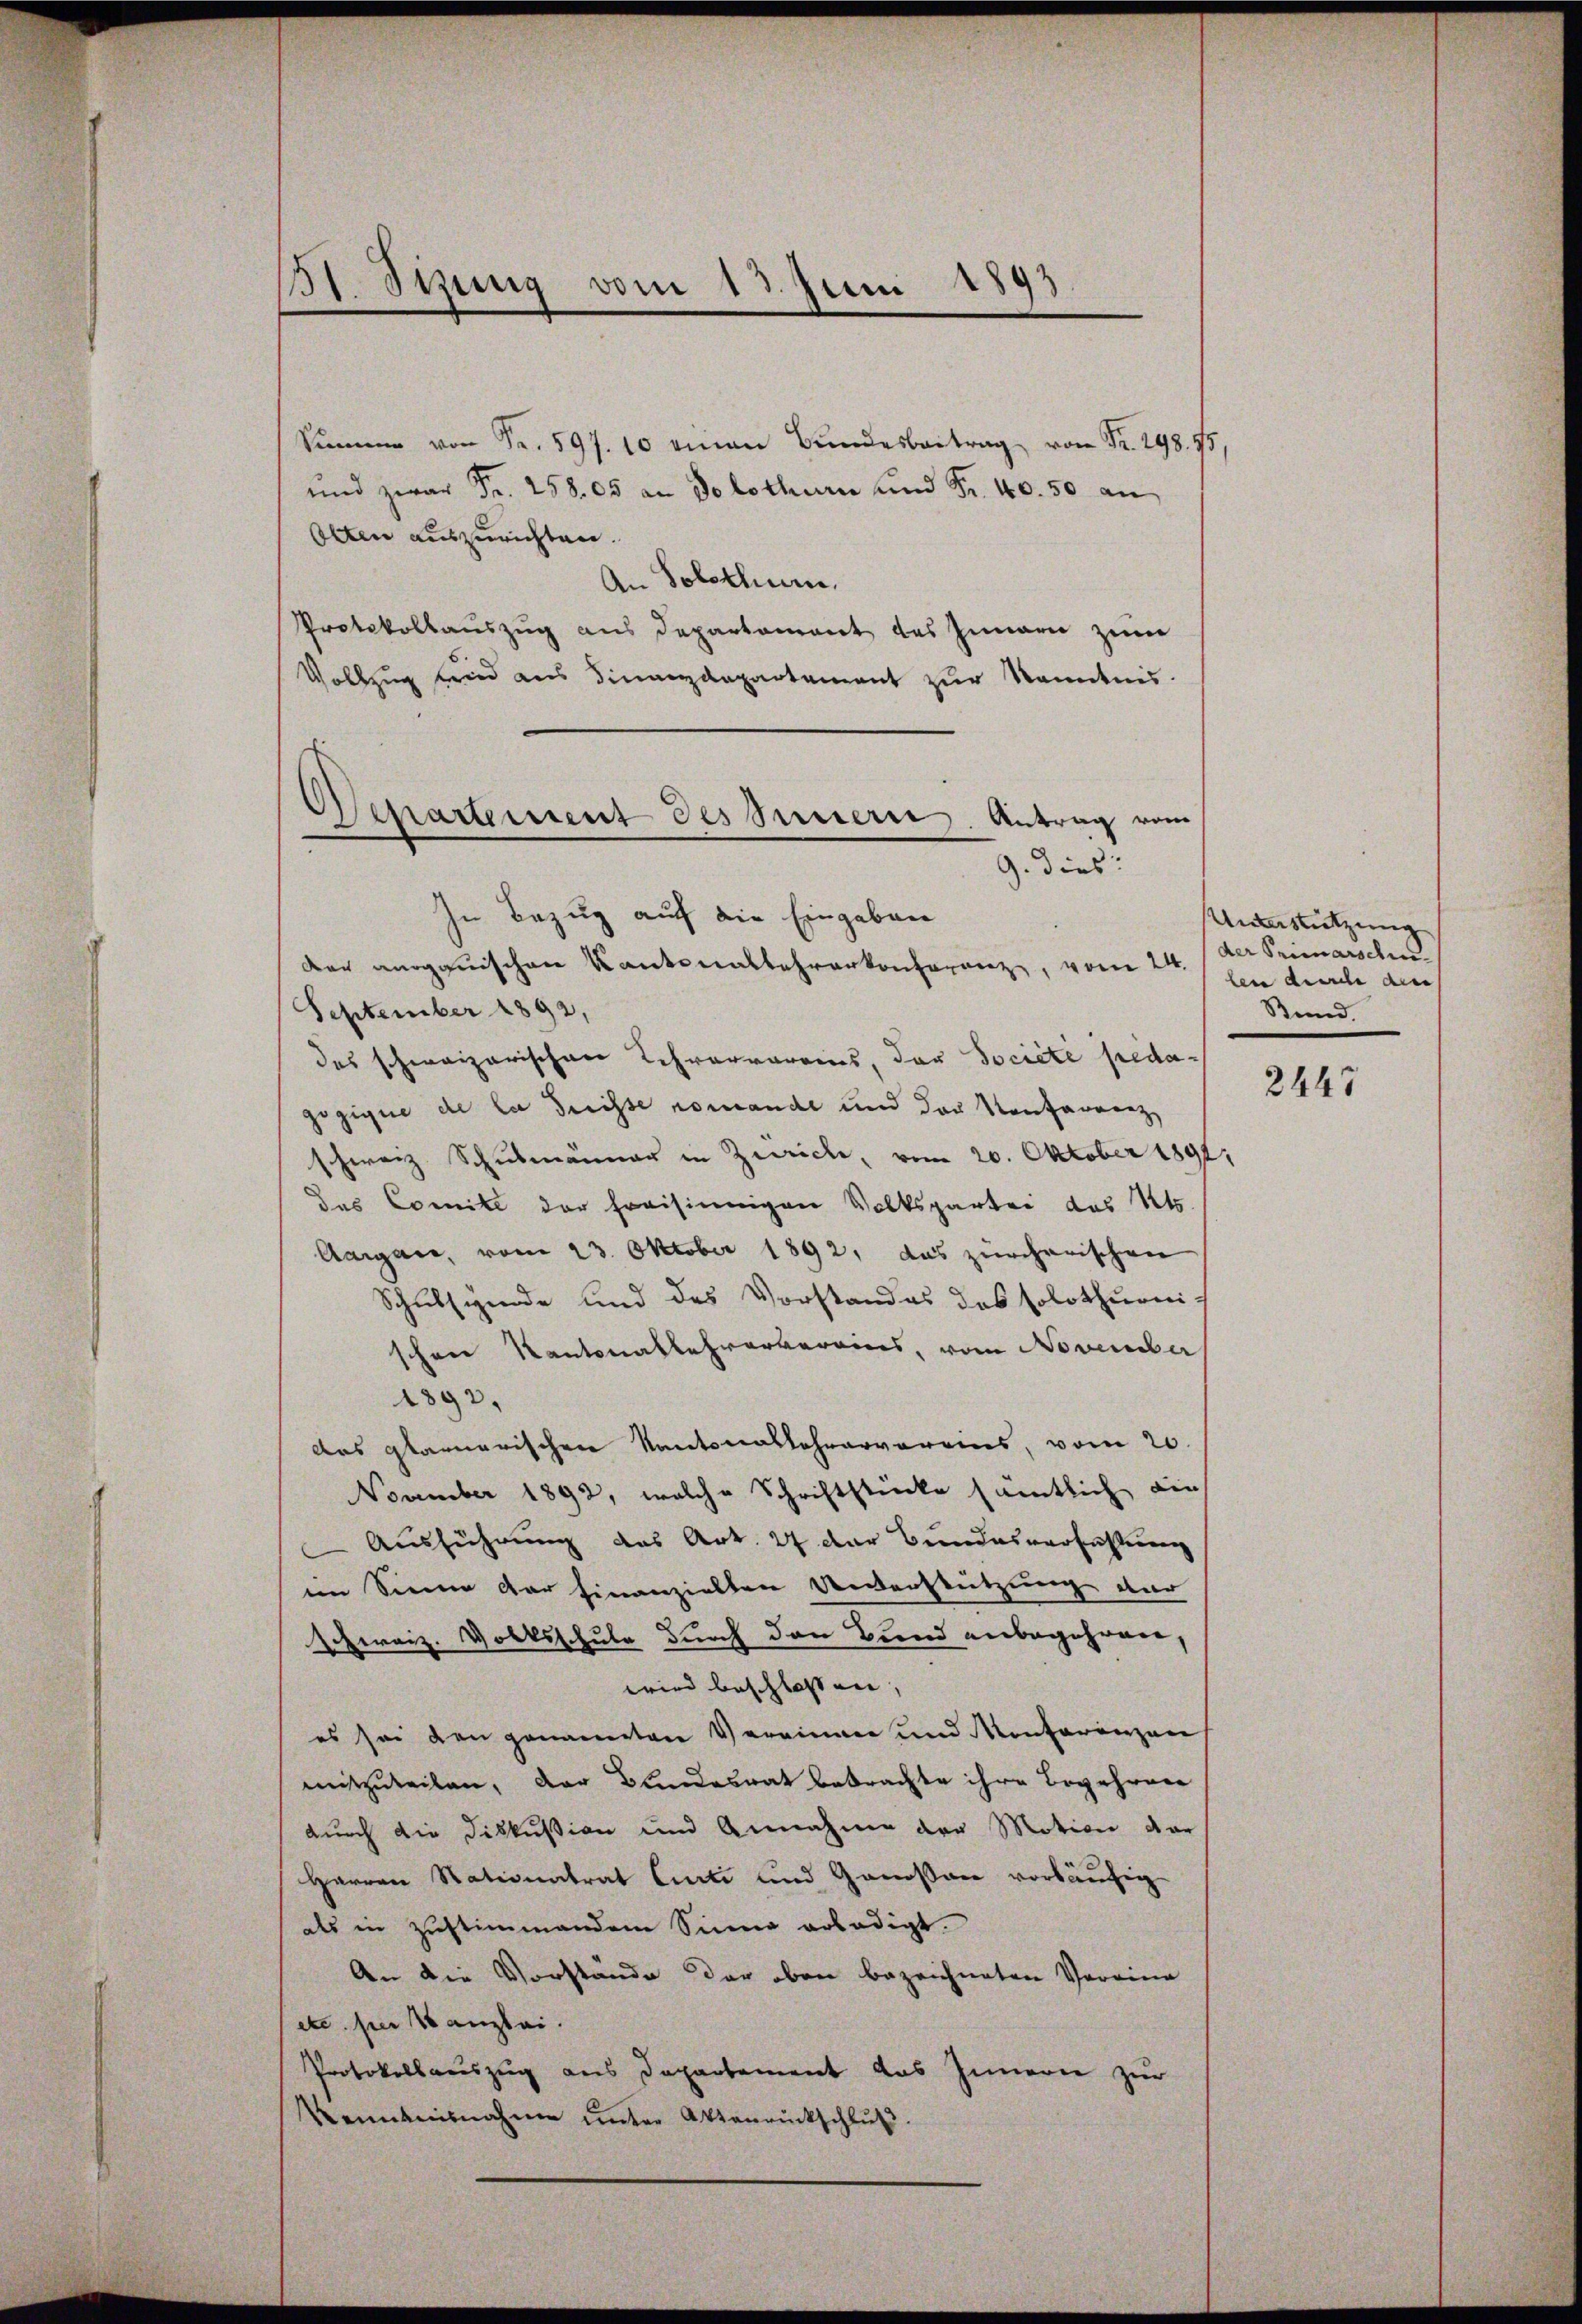
11. Stung vom 13. Juni 1893

Summe von Fr. 597. 10 eman Bŭndesbeitrag von Fr. 298. 95,
und zwar Fr. 258. 05 an Solothur und Fr. 40. 50 an
Otten auszurichten.
An Solothur.
Protokollauszug aus Departement des Innern zum
Vollzug und aus Finanzdepartement zur Kenntnis.
d
Chartement des Peterie. Antrag vom

9. dies:
In Bezug auf die Eingaben

Der angauischen Kantonallehrerkonferenz, vom 24.
September 1892,
des schweizerischen Lehrarrarais, der Societe pedagegigne de la Trisse romande und das Konfarrenz,
schweiz Schulmänner in Zürich, vom 20. Oktober 1891,
das Comite der fraisinnigen Volkspartei des Kts.
Aargare, vom 23. Oktober 1892, das zürcherischen
Schulsymde und des Vorstandes des solothurni-
schen Kantonallehrerbereins, vom November
1892.
das Glarnerischen Kantonallehrervereins, vom 20.
November 1892, welche Schriftstücke sämtlich die
Ausführung des Art. 27 der Bundesverfassung
im Sinne der hinanzielten Unterstützung dar
schweiz. Volksschule durch den Bund anbegehren,
wird beschlossen,
es sei den genannten Vereinen und Konferenzen
mitzuteilen, der Blindesrat betrachte ihre Begehren
durch die Diskußion und Annahme der Motion dar
Herren Nationalrat Curti und Genossar vorläufig
als in Zustimmendem Sinne erledigt.
An die Vorstände der oben bezeichneten Vereine
etc. per 18 anzlei.
Protokollauszug aus Departement das Innern zur
Kenntnisnahme ŭnter Aktenrückschlŭβ

Unterstützung
der Primarscheilen durch die |
Sund.

2445